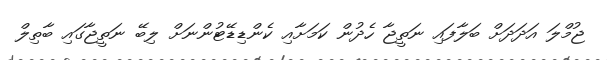
ޖުމްލަ އަދަދަށް ބަލާފައި ނަތީޖާ ހެދުން ކަމަށާއި ކެންޑިޑޭޓުންނަށް ލިބޭ ނަތީޖާގައި ބާތިލް